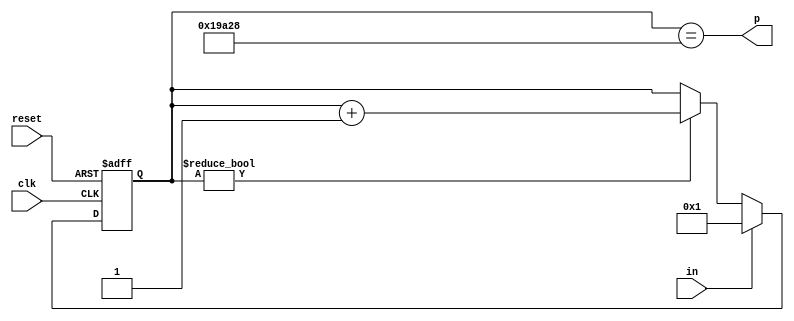
module dly2_1ms(input clk, input reset, input in, output p);
	reg [17-1:0] r;
	always @(posedge clk or posedge reset) begin
		if(reset)
			r <= 0;
		else begin
			if(r)
				r <= r + 17'b1;
			if(in)
				r <= 1;
		end
	end
	assign p = r == 105000;
endmodule